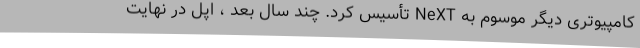
کامپیوتری دیگر موسوم به NeXT تأسیس کرد. چند سال بعد ، اپل در نهایت